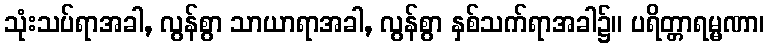
သုံးသပ်ရာအခါ, လွန်စွာ သာယာရာအခါ, လွန်စွာ နှစ်သက်ရာအခါ၌။ ပရိတ္တာရမ္မဏာ၊